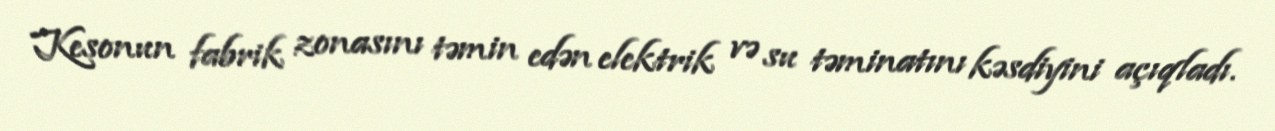
Kesonun fabrik zonasını təmin edən elektrik və su təminatını kəsdiyini açıqladı.